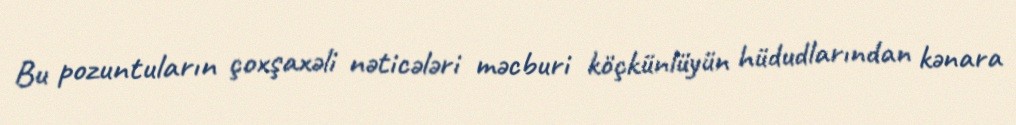
Bu pozuntuların çoxşaxəli nəticələri məcburi köçkünlüyün hüdudlarından kənara